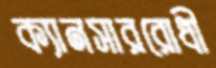
ক্যানসাররোধী